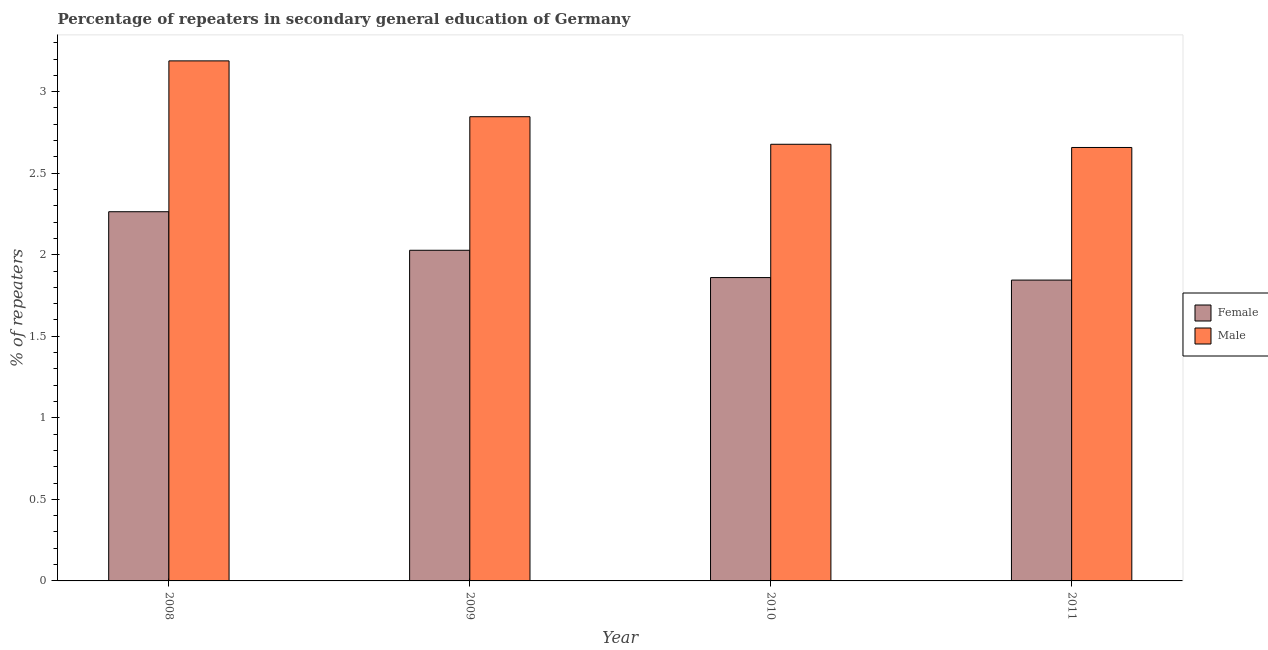
| Year | Female | Male |
 | --- | --- | --- |
 | 2008 | 2.26 | 3.19 |
 | 2009 | 2.03 | 2.85 |
 | 2010 | 1.86 | 2.68 |
 | 2011 | 1.84 | 2.66 |